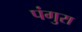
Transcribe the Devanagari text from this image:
पंगुरा